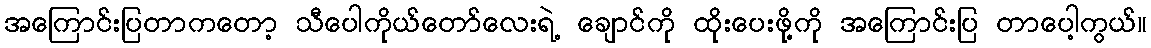
အကြောင်းပြတာကတော့ သီပေါကိုယ်တော်လေးရဲ့ ချောင်ကို ထိုးပေးဖို့ကို အကြောင်းပြ တာပေါ့ကွယ်။